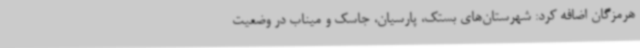
هرمزگان اضافه کرد: شهرستان‌های بستک، پارسیان، جاسک و میناب در وضعیت